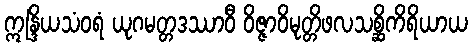
ဣန္ဒြိယသံဝရံ ယုဂမတ္တဒဿာဝီ ဝိဇ္ဇာဝိမုတ္တိဖလသစ္ဆိကိရိယာယ